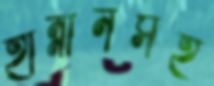
হান্নানসহ